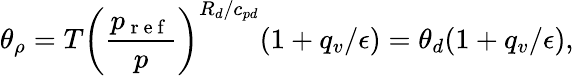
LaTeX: \theta_{\rho}=T\left(\frac{p_{\mathrm{~r~e~f~}}}{p}\right)^{R_{d}/c_{pd}}(1+q_{v}/\epsilon)=\theta_{d}(1+q_{v}/\epsilon),